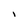
Character: I